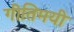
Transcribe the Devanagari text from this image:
गीतिमयी